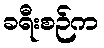
ခရီးစဉ်က